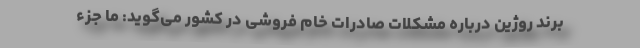
برند روژین درباره مشکلات صادرات خام فروشی در کشور می‌گوید: ما جزء